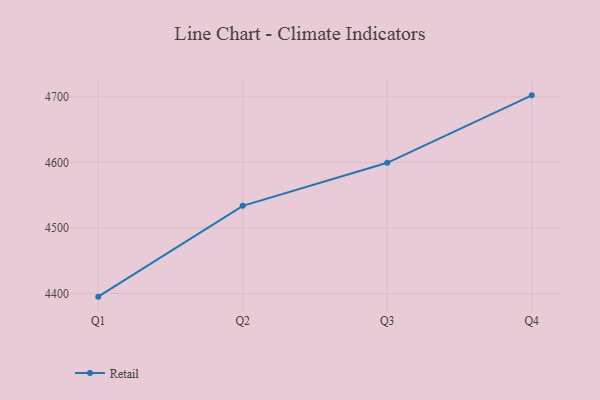
{"axis": {"x": "Quarter", "y": "Energy Usage (MWh)"}, "legend": ["Retail"], "data": [{"x": "Q1", "y": 4395.2, "type": "Retail"}, {"x": "Q2", "y": 4533.7, "type": "Retail"}, {"x": "Q3", "y": 4599.4, "type": "Retail"}, {"x": "Q4", "y": 4702.3, "type": "Retail"}]}